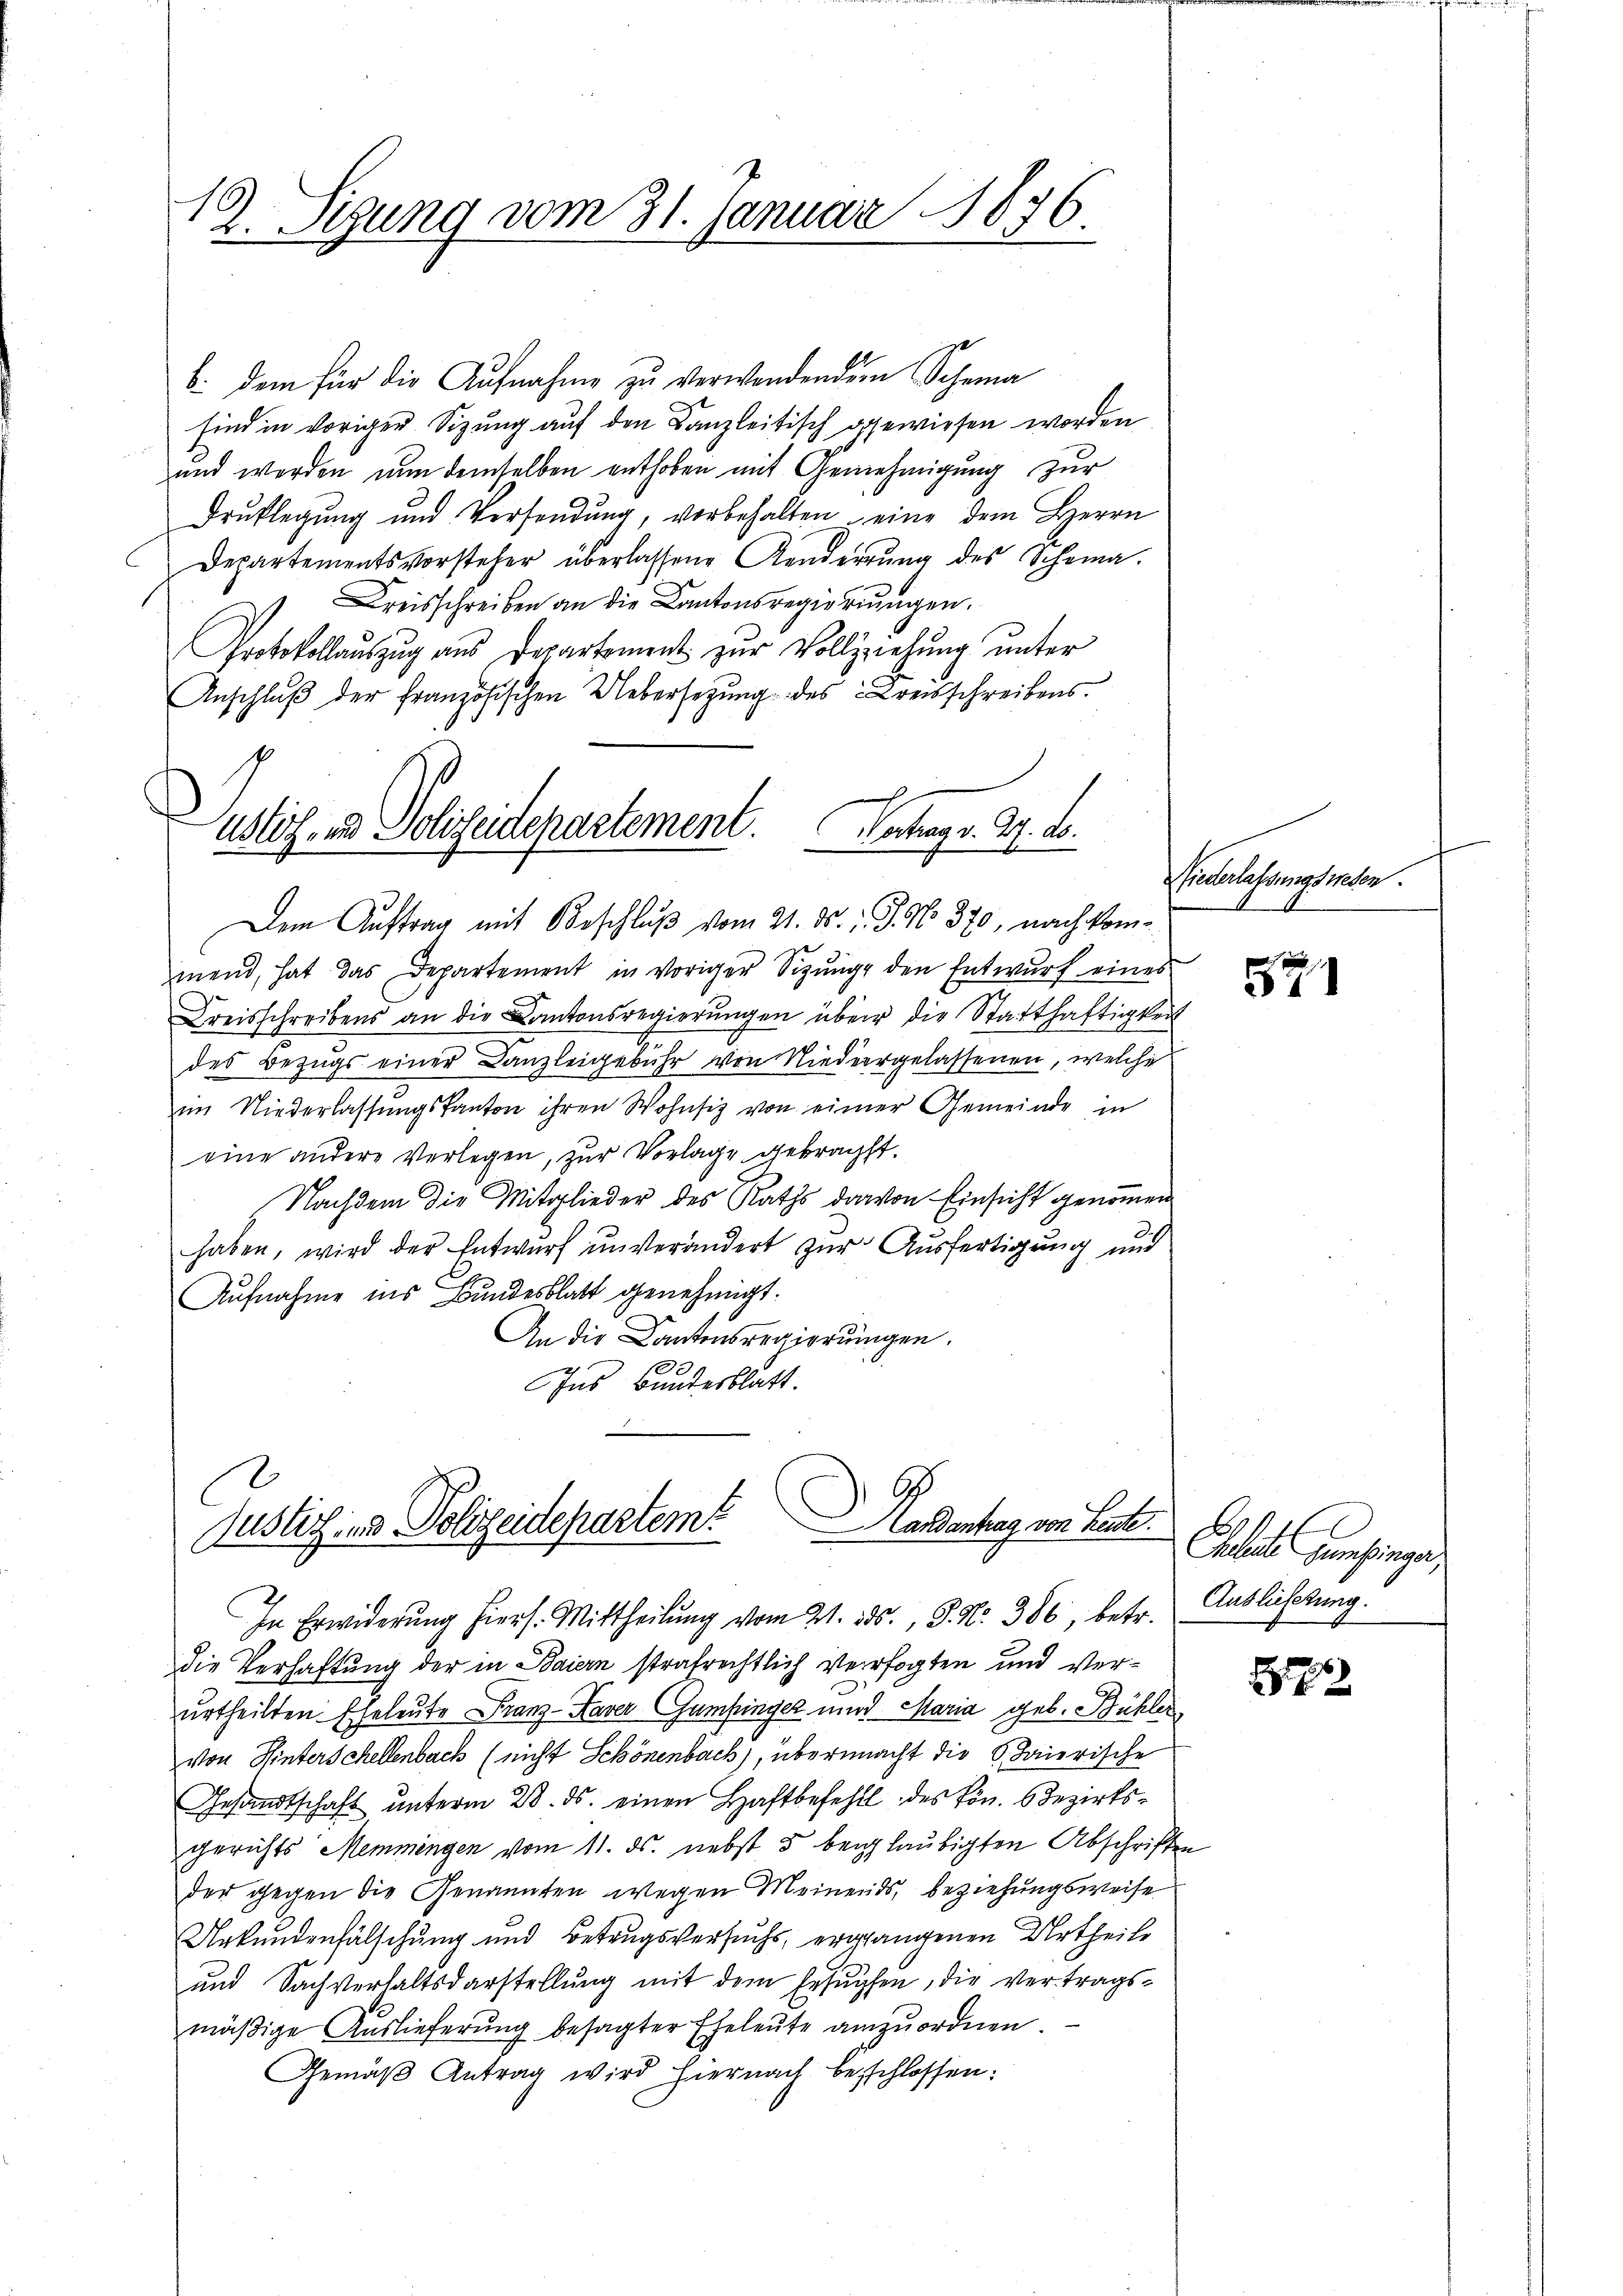
19. Sigung vom 31. Januar 1876.

b. dem für die Aufnahme zu verwendendem Scheina
sind in vorigen Sizung auf den Kanzleitisch gewiesen worden
und werden nun demselben enthoben mit Genehmigung zur
Drŭklegung und Versendŭng, vorbehalten eine dem Herrn
Departementsvorsteher überlassene Kinderrung des Schema-
Kreisschreiben an die Kantonsregierungen.
Protokollauszug aus Departement zur Vollziehung unter
Anschluß der französischen Uebersetzung des Kreisschreibens.

ustiz- und Polizeidepartement. Vertrag v. 27. ds.
Dem Auftrag mit Beschluß vom 21. ds. v. J. No. 370, nach kom¬

mend, hat das Departement in voriger Sitzung den Entwurf eines
Kreisschreibens an die Kantonsregierungen über die Statthaftigkeit
des Bezugs einer Canzleigebühr von Niedergelassenen, welche
im Niederlassŭngskanton ihren Wohnsiz von einer Gemeinde in
eine andere Verlegen, zur Vorlage gebracht.
Nachdem die Mitglieder des Raths darvon Einsicht genommen
haben, wird der Entwurf unverändert zur Ausfertigung und
Aufnahme ins Bundesblatt genehmigt.
An die Cantonsregierungen.
Ins Bundesblatt.
In Erwiderŭng hiers. Mittheilŭng vom 21. ds., 3. No. 386, betr.
die Verhaftung der in Baiern strafrechtlich verragten und Verurtheilten Eheleute Franz-Kaver (Gumfinger und Maria geb. Bühler
von Hinterschellenbach (nicht Schönenbach), übermacht die 6 Baierische
Gesandtschaft ŭnterm 28. ds. einen Haftbefehlt des Hrn. Bezirksgerichts Memmingen vom 11. ds. nebst 5 beglaubigten Abschriften
der gegen die Genannten wegen Meinends, beziehungsweise
Urkundenfälschung und Betrugsversuchs, ergangenen Urtheile
und Sachverhaltsdarstellung mit dem Ersuchen, die Vertrags-
mäßige Auslieferung besagter Eheleute anzuordnen.
Gemäβ Antrag wird hiernach beschlossen:

Auslich und Polizeidepartem Hardentrag von Lust.

Niederlassungswesen.

521

Eheliche Gesinge
Auslieftung.

7